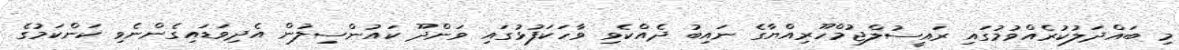
މި ބައްދަލުކުރެއްވުމުގައި ރައީސުލްޖުމްހޫރިއްޔާގެ ނައިބު ދެއްކެވި ވާހަކަފުޅުގައި ވަންދޫ ކައުންސިލުން އެދިވަޑައިގެންނެވި ކަންކަމުގެ